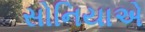
સોનિયાએ